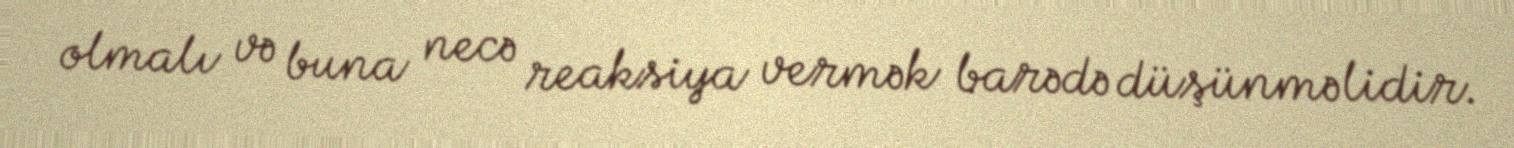
olmalı və buna necə reaksiya vermək barədə düşünməlidir.